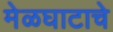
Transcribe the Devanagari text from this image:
मेळघाटाचे